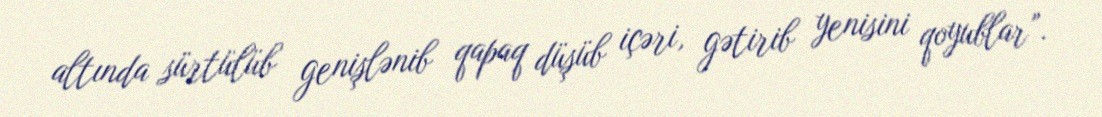
altında sürtülüb genişlənib qapaq düşüb içəri, gətirib yenisini qoyublar”.